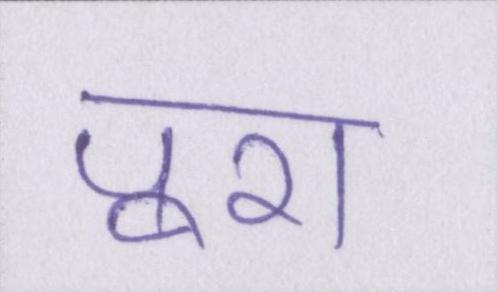
पूरा